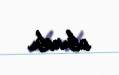
olundu.